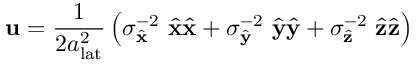
\mathbf { u } = \frac { 1 } { 2 a _ { \mathrm { l a t } } ^ { 2 } } \left( \sigma _ { \hat { \mathbf { x } } } ^ { - 2 } ~ \hat { \mathbf { x } } \hat { \mathbf { x } } + \sigma _ { \hat { \mathbf { y } } } ^ { - 2 } ~ \hat { \mathbf { y } } \hat { \mathbf { y } } + \sigma _ { \hat { \mathbf { z } } } ^ { - 2 } ~ \hat { \mathbf { z } } \hat { \mathbf { z } } \right)